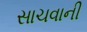
સાચવાની